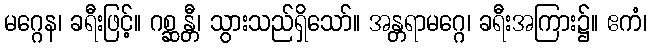
မဂ္ဂေန၊ ခရီးဖြင့်။ ဂစ္ဆန္တီ၊ သွားသည်ရှိသော်။ အန္တရာမဂ္ဂေ၊ ခရီးအကြား၌။ ဧကံ၊